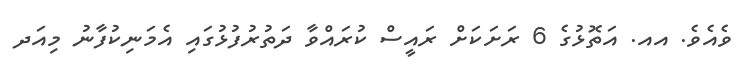
ވެއެވެ. އއ. އަތޮޅުގެ 6 ރަށަކަށް ރައީސް ކުރައްވާ ދަތުރުފުޅުގައި އެމަނިކުފާނު މިއަދ